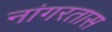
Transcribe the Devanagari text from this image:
नांगरतास